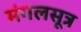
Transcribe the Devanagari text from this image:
मंगलसूत्र